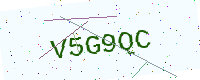
Text: V5G9QC